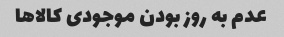
عدم به روز بودن موجودی کالاها